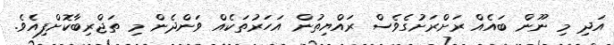
އަދި މި ނޫން ބައެއް ރަށްރަށުގެވެސް ރައްޔިތުން އަހަރުތަކެއް ވަންދެން މި ތަޖްރިބާކޮށްފިއެވެ.